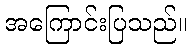
အကြောင်းပြသည်။